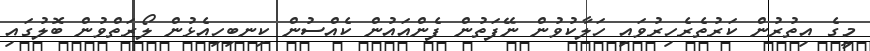
މީގެ އިތުރުން ކަރުތެރެހިރުވައި ހަލާކުވުން ނޭފަތުން ފެންއައުން ކެއްސުން ކިނބިހިއެޅުން ލޯރަތްވުން ބޮލުގައި